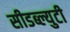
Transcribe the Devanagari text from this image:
सीडब्ल्युटी